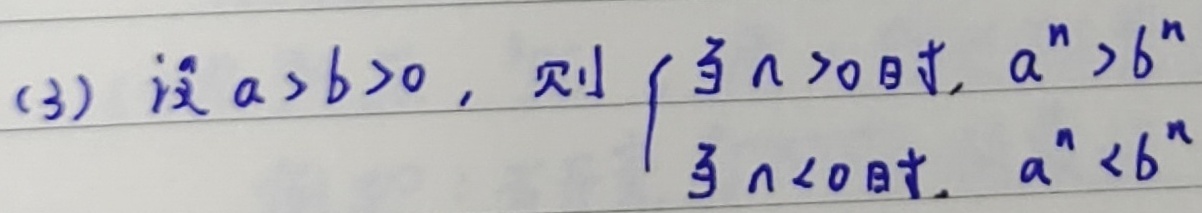
设 \(a > b > 0\)，则
\[
\begin{cases}
当 n > 0时, & a^{n} > b^{n}\\
当 n < 0时, & a^{n} < b^{n}
\end{cases}
\]